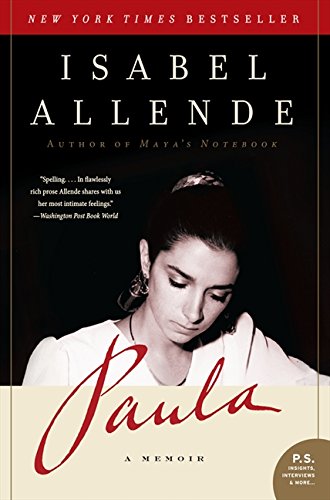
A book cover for Paula: A Memoir(front cover image of the item may vary); Isabel Allende; Literature & Fiction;